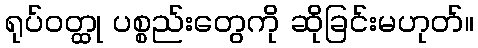
ရုပ်ဝတ္ထု ပစ္စည်းတွေကို ဆိုခြင်းမဟုတ်။